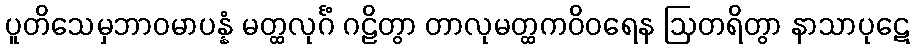
ပူတိသေမှဘာဝမာပန္နံ မတ္ထလုင်္ဂံ ဂဠိတွာ တာလုမတ္ထကဝိဝရေန ဩတရိတွာ နာသာပုဋေ